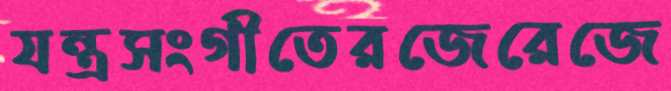
যন্ত্রসংগীতেরজেরেজে